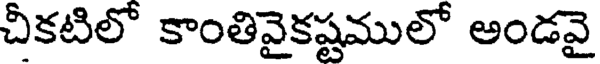
చీకటిలో కాంతివైకష్టములో అండవై